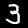
Label: 3